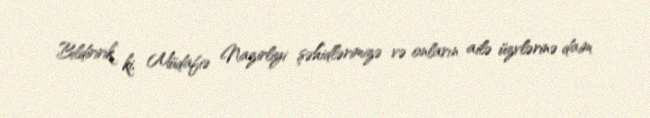
Bildiririk ki, Müdafiə Nazirliyi şəhidlərimizə və onların ailə üzvlərinə daim